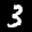
Label: 3